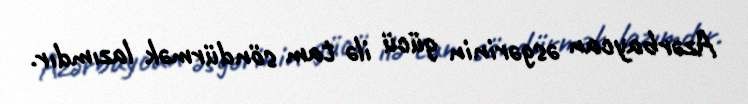
Azərbaycan əsgərinin gücü ilə tam söndürmək lazımdır.